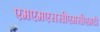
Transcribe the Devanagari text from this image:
एमएमएससीएमसीएमडी